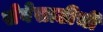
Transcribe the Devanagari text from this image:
सेवेसाठीची